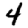
Digit: 4